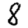
Digit: 8